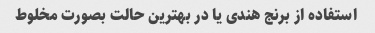
استفاده از برنج هندی یا در بهترین حالت بصورت مخلوط